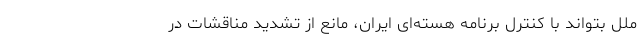
ملل بتواند با کنترل برنامه هسته‌ای ایران، مانع از تشدید مناقشات در